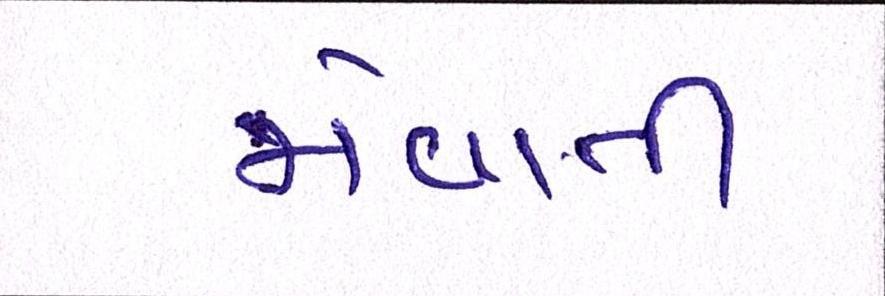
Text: જોવાતી